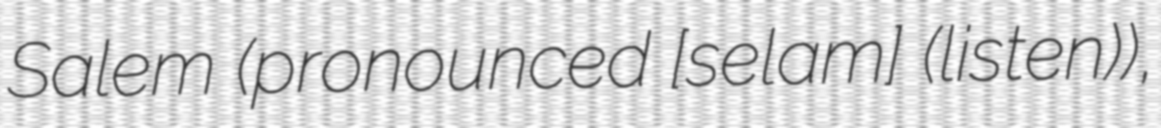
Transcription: Salem (pronounced [seːlam] (listen)),